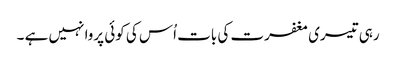
رہی تیسری مغفرت کی بات اُس کی کوئی پروا نہیں ہے ۔